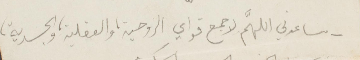
ساعدني اللهم لأجمع قواي الروحية والفعلية والجسدية